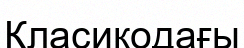
Класикодағы